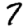
Digit: 7